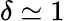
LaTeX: \delta\simeq 1